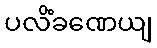
ပလိံခဏေယျ